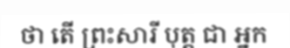
ថា តើ ព្រះសារី បុត្ត ជា អ្នក